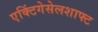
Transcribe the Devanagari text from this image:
एक्टिंगेसेलशाफ्ट